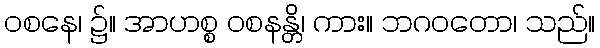
ဝစနေ၊ ၌။ အာဟစ္စ ဝစနန္တိ၊ ကား။ ဘဂဝတော၊ သည်။